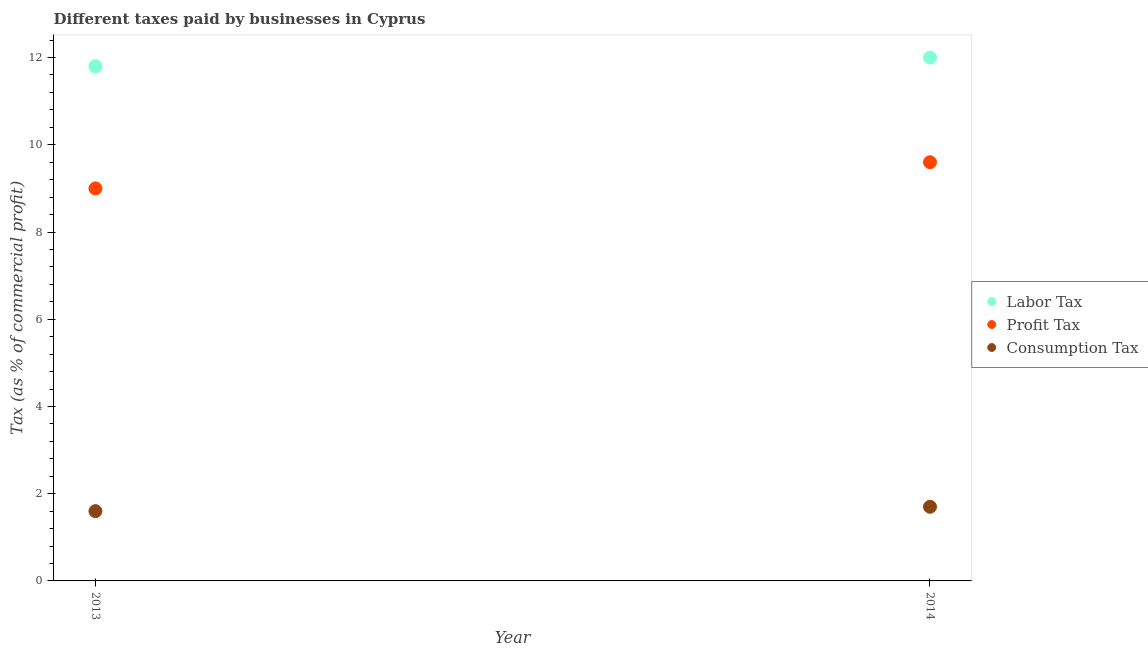
| Year | Labor Tax | Profit Tax | Consumption Tax |
 | --- | --- | --- | --- |
 | 2013 | 11.8 | 9 | 1.6 |
 | 2014 | 12 | 9.6 | 1.7 |